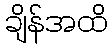
ချိန်အထိ